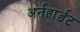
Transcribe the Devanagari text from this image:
अर्नहार्डट